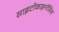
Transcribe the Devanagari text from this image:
साइटोकाइनीसिस